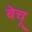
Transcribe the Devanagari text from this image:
बेचू